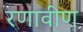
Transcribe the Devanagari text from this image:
रणावीण